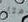
هنا